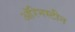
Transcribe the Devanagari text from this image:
ऑरेनस्टीन